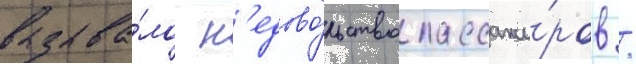
вызыва́ло н'едово́льство пассажи́ров /